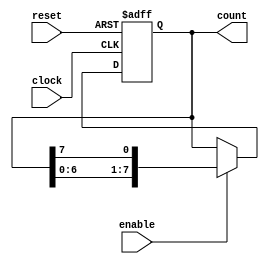
module ring_counter (count, enable, clock, reset);
  output 		[7: 0] 	count;
  input 			enable, reset, clock;
  reg 		[7: 0] 	count;

  always @  (posedge reset or posedge clock)
    if (reset == 1'b1) 	count <= 8'b0000_0001; else 
      if (enable == 1'b1) 	count <= {count[6: 0], count[7]};	// Concatenation operator
endmodule